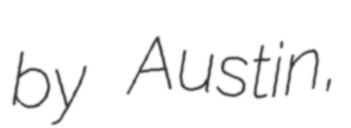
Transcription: by Austin,